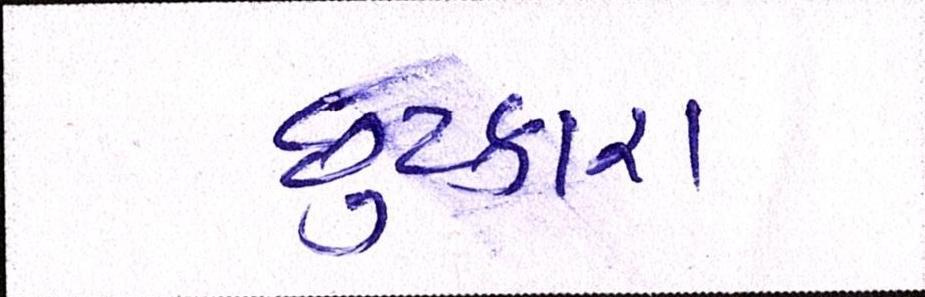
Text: છુટકારા